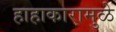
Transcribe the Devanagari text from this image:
हाहाकारामुळे